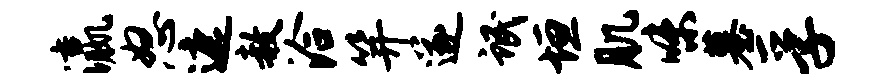
瀛怒遮赦洽笄遂氓垣肌味墓孚